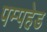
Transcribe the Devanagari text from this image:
पम्पहेड